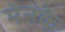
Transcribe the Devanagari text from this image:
मेनके